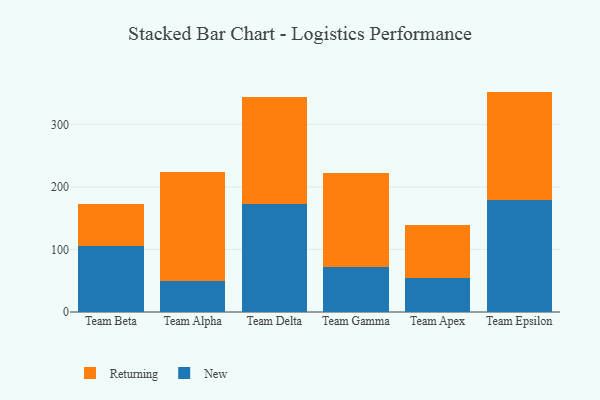
{"axis": {"x": "Team", "y": "Energy Usage (MWh)"}, "legend": ["New", "Returning"], "data": [{"x": "Team Beta", "y": 105.6, "type": "New"}, {"x": "Team Beta", "y": 67.2, "type": "Returning"}, {"x": "Team Alpha", "y": 48.8, "type": "New"}, {"x": "Team Alpha", "y": 174.9, "type": "Returning"}, {"x": "Team Delta", "y": 172.9, "type": "New"}, {"x": "Team Delta", "y": 171.2, "type": "Returning"}, {"x": "Team Gamma", "y": 71.5, "type": "New"}, {"x": "Team Gamma", "y": 150.7, "type": "Returning"}, {"x": "Team Apex", "y": 55.1, "type": "New"}, {"x": "Team Apex", "y": 83.7, "type": "Returning"}, {"x": "Team Epsilon", "y": 179.6, "type": "New"}, {"x": "Team Epsilon", "y": 172.7, "type": "Returning"}]}